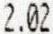
2.02